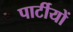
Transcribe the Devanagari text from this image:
पार्टीयों